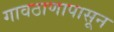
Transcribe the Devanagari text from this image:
गावठाणापासून